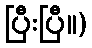
ပြီးပြီ။)